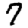
Digit: 7